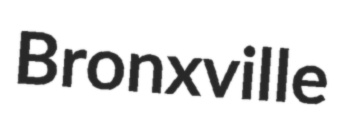
Bronxville